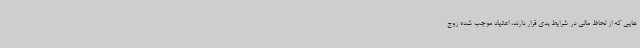
هایی که از لحاظ مالی در شرایط بدی قرار دارند، اعتیاد موجب شده زوج